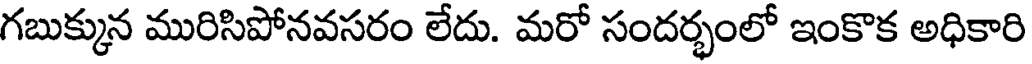
గబుక్కున మురిసిపోనవసరం లేదు. మరో సందర్భంలో ఇంకొక అధికారి